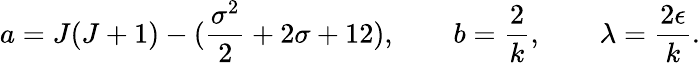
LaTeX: a=J(J+1)-({\frac{\sigma^{2}}{2}}+2\sigma+12),\qquad b={\frac{2}{k}},\qquad\lambda={\frac{2\epsilon}{k}}.